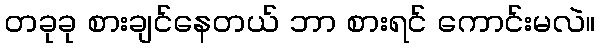
တခုခု စားချင်နေတယ် ဘာ စားရင် ကောင်းမလဲ။